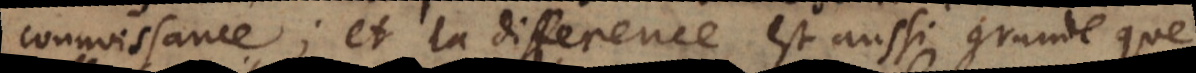
connoissance; et la difference est aussi grande que